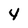
Character: 4